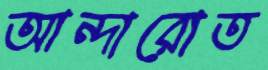
আন্দারোত